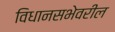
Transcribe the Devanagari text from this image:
विधानसभेवरील